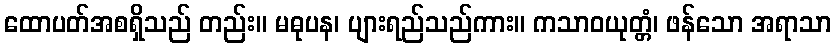
ထောပတ်အစရှိသည် တည်း။ မဓုပန၊ ပျားရည်သည်ကား။ ကသာဝယုတ္တံ၊ ဖန်သော အရာသာ